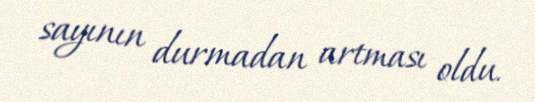
sayının durmadan artması oldu.